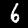
Digit: 6